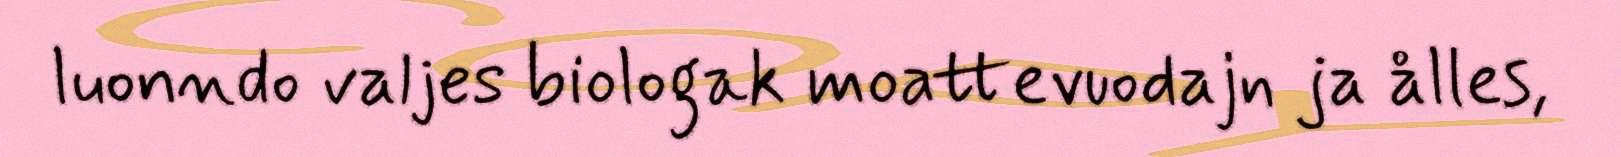
luonndo valjes biologak moattevuodajn ja ålles,